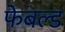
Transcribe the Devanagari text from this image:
फेबल्ड